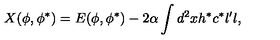
X ( \phi , \phi ^ { \ast } ) = E ( \phi , \phi ^ { \ast } ) - 2 \alpha \int d ^ { 2 } x h ^ { \ast } c ^ { \ast } l ^ { \prime } l ,